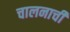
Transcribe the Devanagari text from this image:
चालनाची